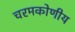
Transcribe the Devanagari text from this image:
चरमकोणीय